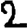
Digit: 2